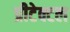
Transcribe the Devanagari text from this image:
प्रीटेक्टल